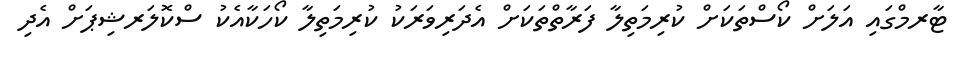
ޓާރމްގައި އަލަށް ކޯސްތަކަށް ކުރިމަތިލާ ފަރާތްތަކަށް އެދަރިވަރަކު ކުރިމަތިލާ ކޯހަކާއެކު ސްކޮލަރޝިޕަށް އެދި